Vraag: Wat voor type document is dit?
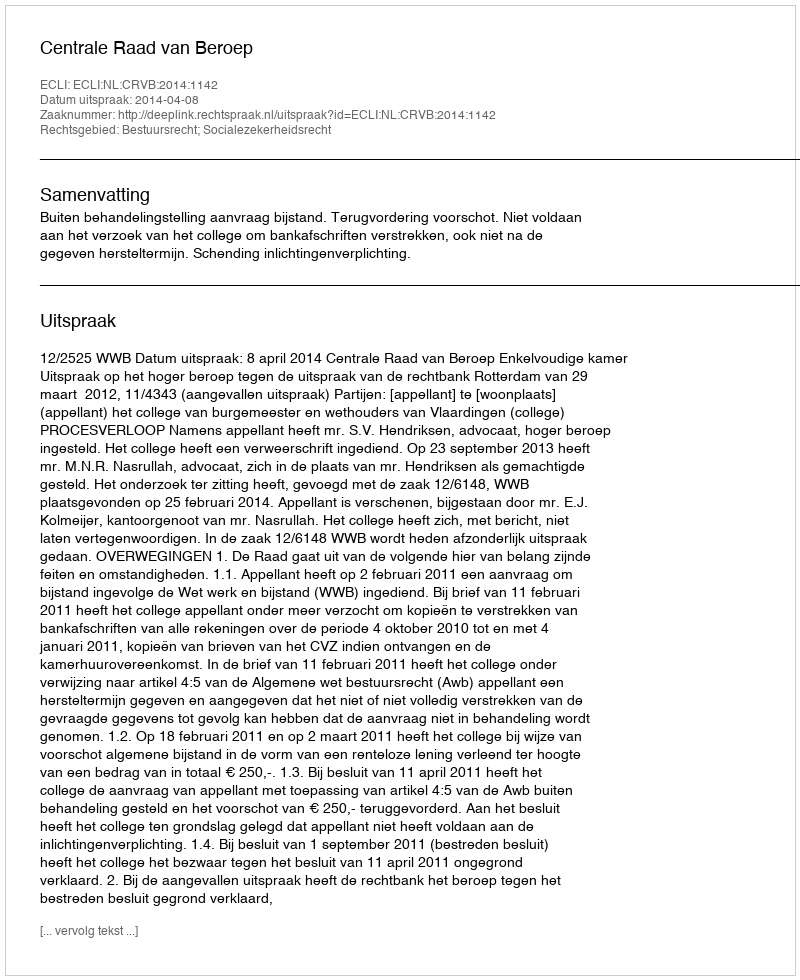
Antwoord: Uitspraak